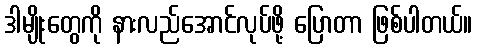
ဒါမျိုးတွေကို နားလည်အောင်လုပ်ဖို့ ပြောတာ ဖြစ်ပါတယ်။